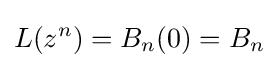
L(z^{n})=B_{n}(0)=B_{n}